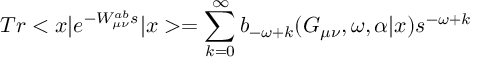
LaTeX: T r < x | e ^ { - { \cal { W } } _ { \mu \nu } ^ { a b } s } | x > = \sum _ { k = 0 } ^ { \infty } b _ { - \omega + k } ( G _ { \mu \nu } , \omega , \alpha | x ) s ^ { - \omega + k }